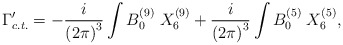
\begin{align*}\Gamma'_{c.t.}=-{i\over {(2\pi)}^3} \int B_0^{(9)}\; X_6^{(9)}+{i\over {(2\pi)}^3}\int B_0^{(5)}\; X_6^{(5)},\end{align*}